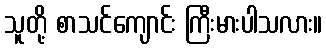
သူတို့ စာသင်ကျောင်း ကြီးမားပါသလား။